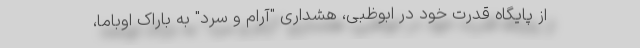
از پایگاه قدرت خود در ابوظبی، هشداری "آرام و سرد" به باراک اوباما،